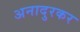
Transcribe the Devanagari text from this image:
अनादुरकर